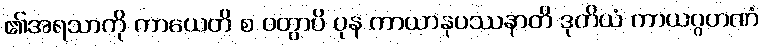
၏အရသာကို ကာယေတိ စ ဝတွာပိ ပုန ကာယာနုပဿနာတိ ဒုတိယံ ကာယဂ္ဂဟဏံ